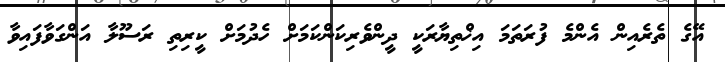
އޭގެ ތެރެއިން އެންމެ ފުރަތަމަ އިޚްތިޔާރަކީ ދީންވެރިކަންކަމަށް ހެދުމަށް ކީރިތި ރަސޫލާ އަންގަވާފައިވާ